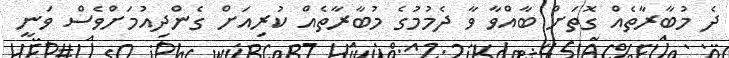
ދެ މުބާރާތެއް ގޮތަށް ބާއްވާ ވާ ދެމުމުގެ މުބާރާތެއް ކުރިއަށް ގެންދިއުމަށްވެސް ވަނީ